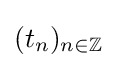
(t_{n})_{n\in \mathbb {Z} }